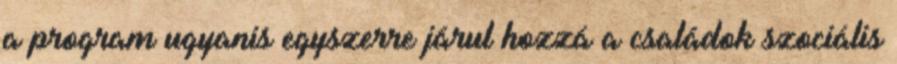
a program ugyanis egyszerre járul hozzá a családok szociális